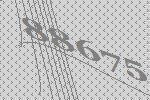
88675